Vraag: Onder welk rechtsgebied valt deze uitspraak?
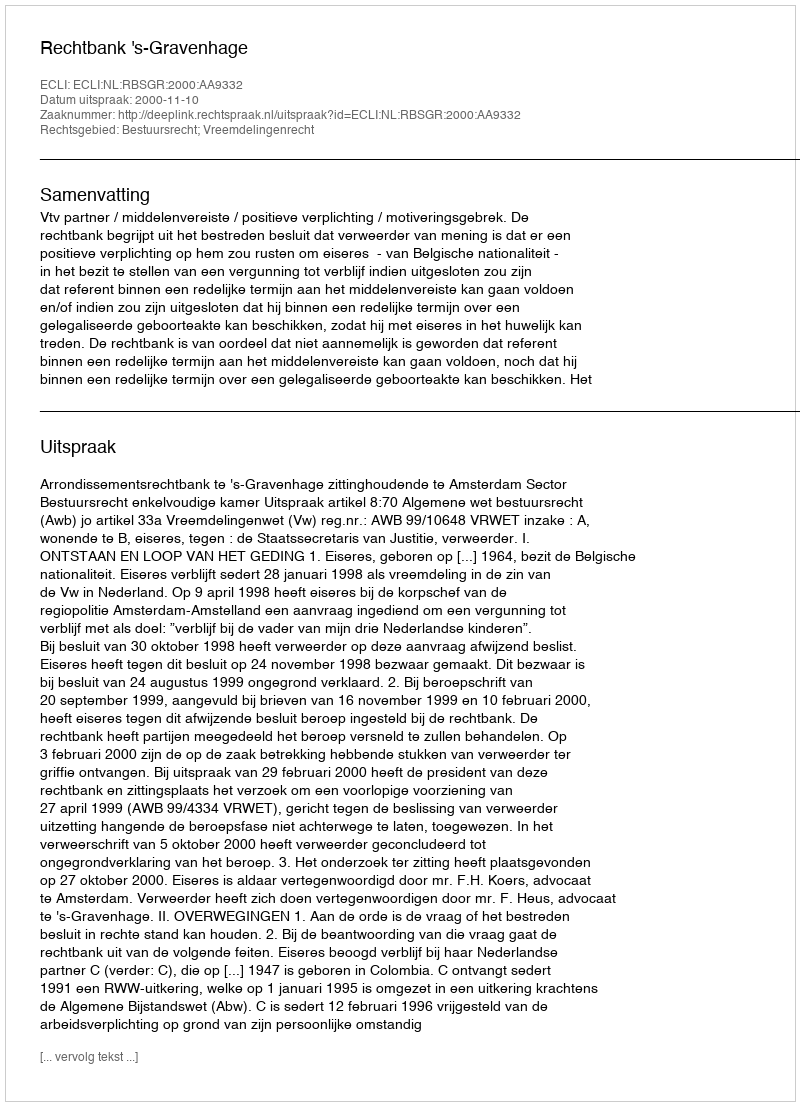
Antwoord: Bestuursrecht; Vreemdelingenrecht